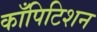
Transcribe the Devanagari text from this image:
काँपिटिशन